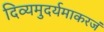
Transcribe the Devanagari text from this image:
दिव्यमुदर्यमाकरजं